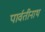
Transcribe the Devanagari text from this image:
पार्वतीनाथ